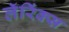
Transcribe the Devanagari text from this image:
लॅरिंक्स